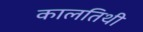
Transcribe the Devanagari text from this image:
कालतिथी